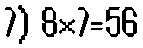
7) 8×7=56